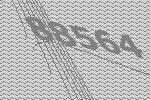
88564